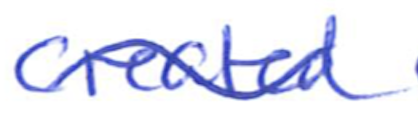
Text: created
Cross-out: mix
Writing tool: ballpoint